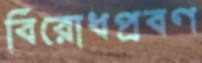
বিরোধপ্রবণ